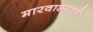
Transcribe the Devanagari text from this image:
मारवाडमध्ये